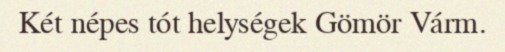
Két népes tót helységek Gömör Várm.